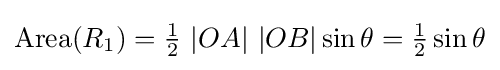
\mathrm {Area} (R_{1})={\tfrac {1}{2}}\ |OA|\ |OB|\sin \theta ={\tfrac {1}{2}}\sin \theta